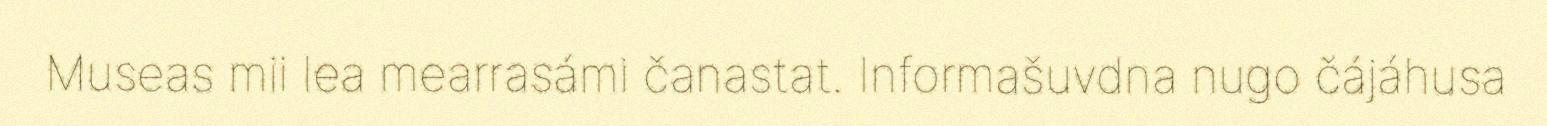
Museas mii lea mearrasámi čanastat. Informašuvdna nugo čájáhusa